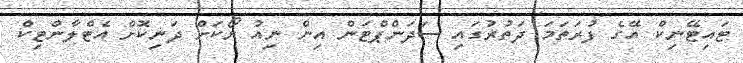
ޓައިޓޭނިކް އޭގެ ފުރަތަމަ ދަތުރުގައި ސަދަންޕްޓަން އިން ނިއު ޔޯކަށް ދަނިކޮށް އެޓްލާންޓިކް